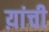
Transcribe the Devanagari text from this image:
य़ांची